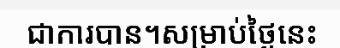
ជាការបាន។សម្រាប់ថ្ងៃនេះ